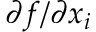
\partial f / \partial x _ { i }